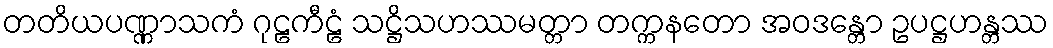
တတိယပဏ္ဏာသကံ ဂုဠကီဠံ သဋ္ဌိသဟဿမတ္တာ တက္ကနတော အဝဒန္တော ဥပဋ္ဌဟန္တဿ